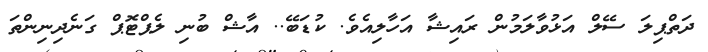
ދަތްޕިލަ ސޭލް އަޅުވާލަމުން ރައިޝާ އަހާލިއެވެ. ކުޑަބޭ.. އާޝް ބުނި ލެޕްޓޮޕް ގަނެދިނިންތަ